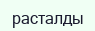
расталды